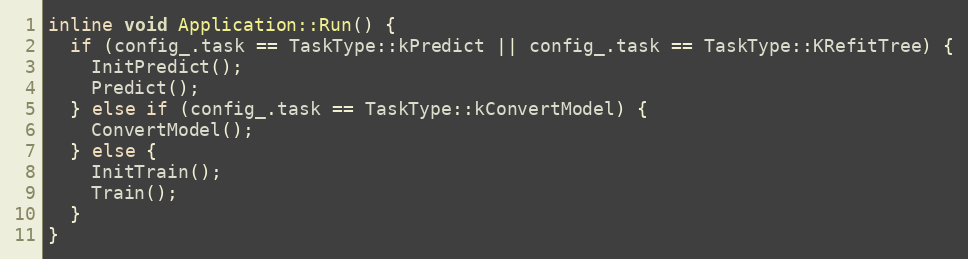
Language: C
inline void Application::Run() {
  if (config_.task == TaskType::kPredict || config_.task == TaskType::KRefitTree) {
    InitPredict();
    Predict();
  } else if (config_.task == TaskType::kConvertModel) {
    ConvertModel();
  } else {
    InitTrain();
    Train();
  }
}